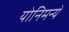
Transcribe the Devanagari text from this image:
योनिमन्ये